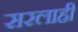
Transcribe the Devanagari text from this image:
सरलाही